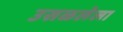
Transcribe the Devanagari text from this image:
उसळलेला